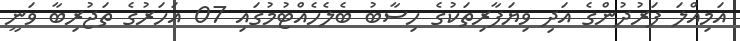
އަމިއްލަ ފަރުދުންގެ އަދި ވިޔަފާރިތަކުގެ ހިސާބު ބެލެހެއްޓުމުގައި 07 އަހަރުގެ ތަޖުރިބާ ވަނީ